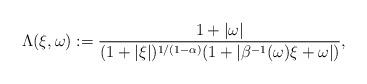
LaTeX: \begin{align*}\Lambda(\xi,\omega) := \frac{1+|\omega|}{(1+|\xi|)^{1/(1-\alpha)}(1+|\beta^{-1}(\omega)\xi+\omega|)},\end{align*}